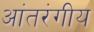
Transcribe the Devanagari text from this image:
आंतरंगीय